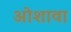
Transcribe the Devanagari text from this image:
ओशावा